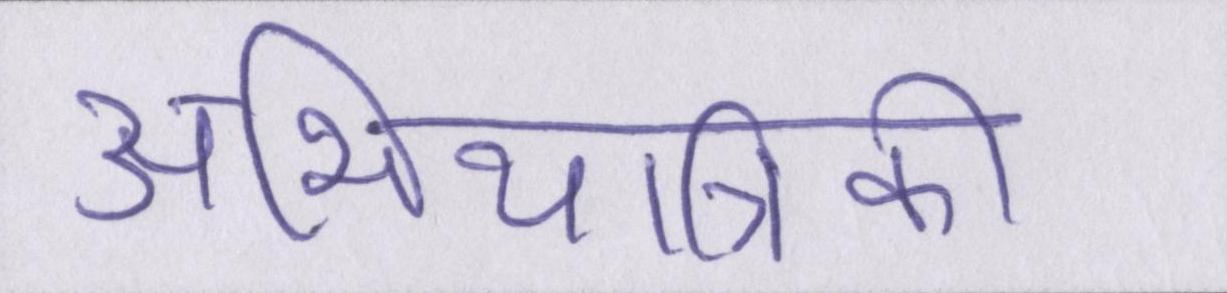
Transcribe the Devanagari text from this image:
अभियांत्रिकी